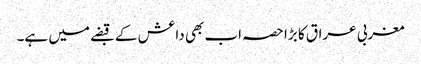
مغربی عراق کا بڑا حصہ اب بھی داعش کے قبضے میں ہے۔